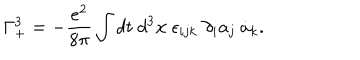
\Gamma _ { + } ^ { 3 } = - \frac { e ^ { 2 } } { 8 \pi } \int d t ~ d ^ { 3 } { \bf x } ~ \epsilon _ { i j k } ~ \partial _ { i } a _ { j } ~ \dot { a } _ { k } .